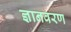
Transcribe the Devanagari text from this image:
ज्ञानवरण